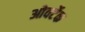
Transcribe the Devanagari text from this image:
ओवर्टेक